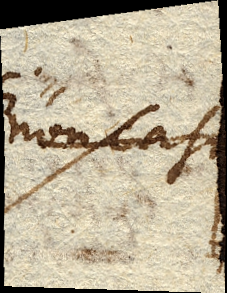
non casu